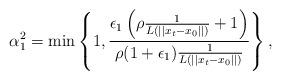
LaTeX: \begin{align*}\alpha_1^2=\min \left\{1, \frac{\epsilon_1\left(\rho \frac{1}{{L\left(||x_t-x_0||\right)}} +1\right)}{\rho (1+\epsilon_1)\frac{1}{{L\left(||x_t-x_0||\right)}} }\right\},\end{align*}